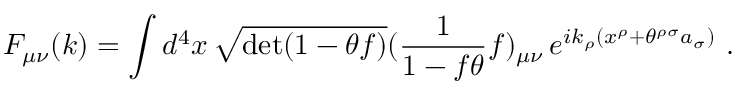
F _ { \mu \nu } ( k ) = \int d ^ { 4 } x \, \sqrt { \operatorname * { d e t } ( 1 - \theta f ) } ( \frac { 1 } { 1 - f \theta } f ) _ { \mu \nu } \, e ^ { i k _ { \rho } ( x ^ { \rho } + \theta ^ { \rho \sigma } a _ { \sigma } ) } \ .